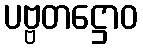
ပဗ္ဗတဋ္ဌောဝ